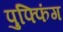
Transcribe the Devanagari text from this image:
पुफ्फिंग